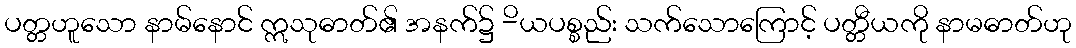
ပတ္တဟူသော နာမ်နောင် ဣသုဓာတ်၏ အနက်၌ -ိယပစ္စည်း သက်သောကြောင့် ပတ္တီယကို နာမဓာတ်ဟု